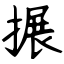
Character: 搌